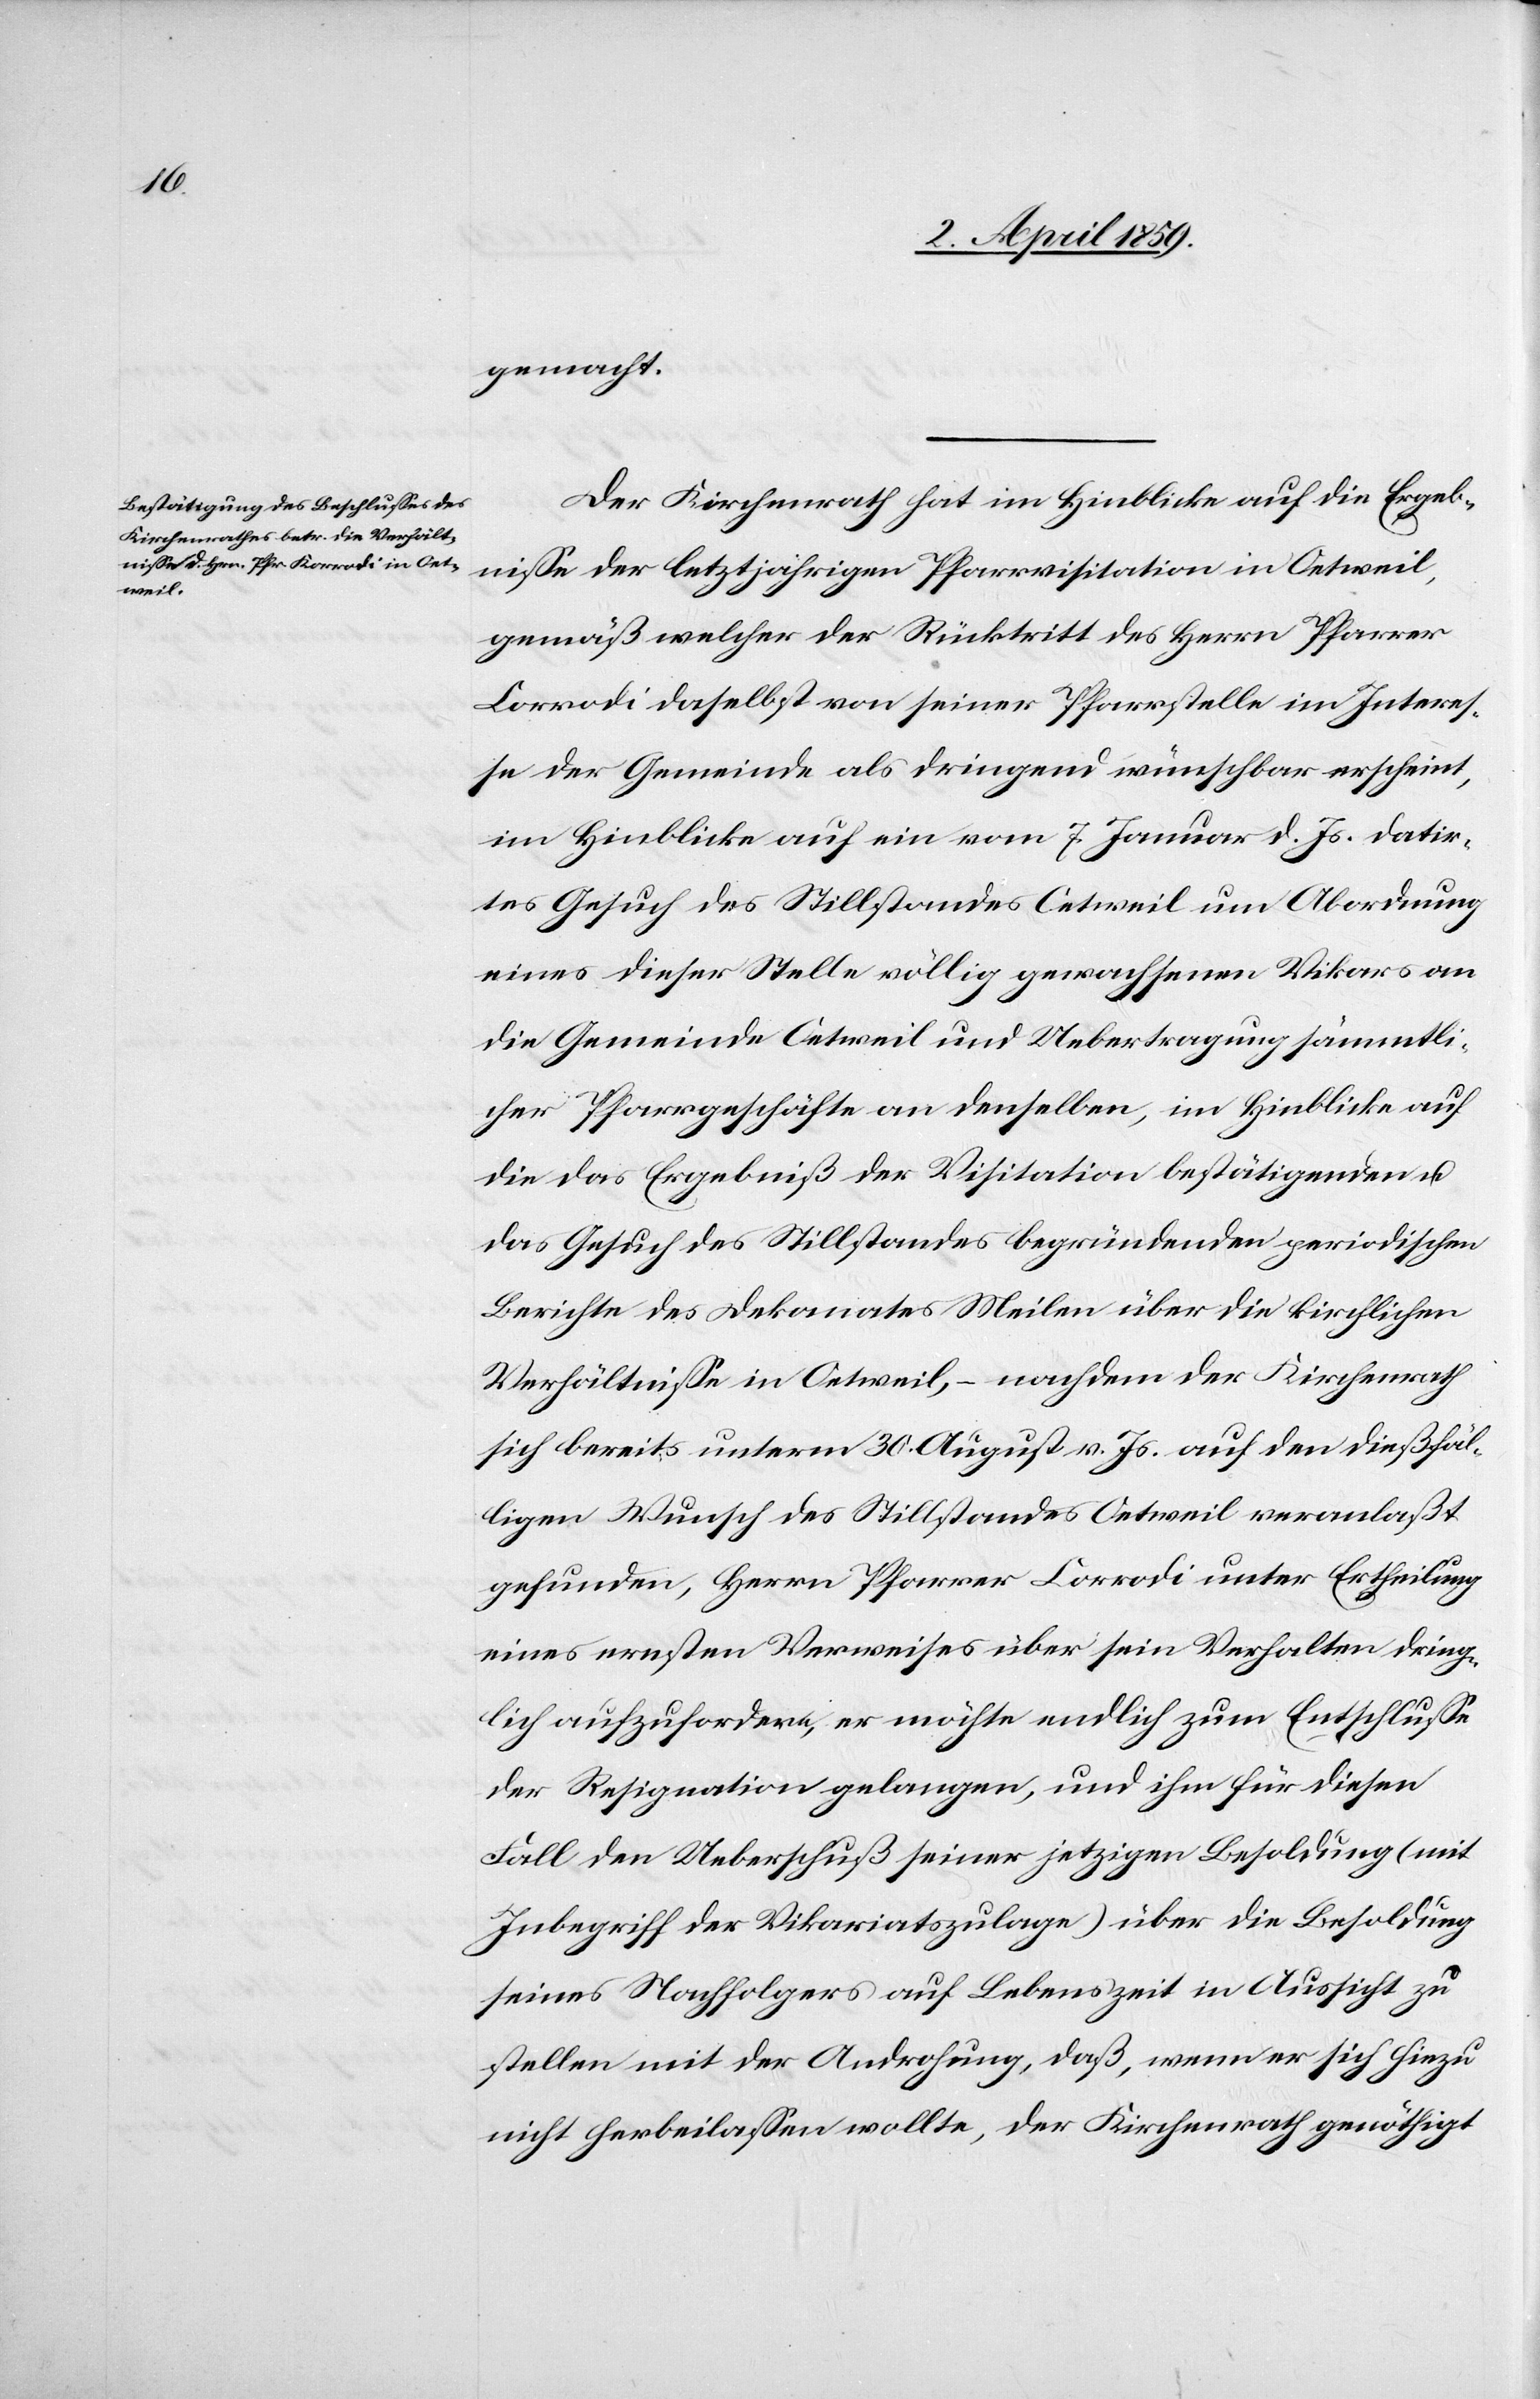
gemacht.
Der Kirchenrath hat im Hinblicke auf die Ergeb¬
niße der letztjährigen Pfarrvisitation in Oetweil,
gemäß welcher der Rücktritt des Herrn Pfarrer
Corrodi [sic!] daselbst von seiner Pfarrstelle im Interes¬
se der Gemeinde als dringend wünschbar erscheint,
im Hinblicke auf ein vom 7. Januar d. Js datir¬
tes Gesuch des Stillstandes Oetweil um Abordnung
eines dieser Stelle völlig gewachsenen Vikars an
die Gemeinde Oetweil und Uebertragung sämmtli¬
cher Pfarrgeschäfte an denselben, im Hinblicke auf
die das Ergebniß der Visitation bestätigenden u.
das Gesuch des Stillstandes begründenden periodischen
Berichte des Dekanates Meilen über die kirchlichen
Verhältniße in Oetweil, – nachdem der Kirchenrath
sich bereits unterm 30. August v. Js. auf den dießfäl¬
ligen Wunsch des Stillstandes Oetweil veranlaßt
gefunden, Herrn Pfarrer Corrodi unter Ertheilung
eines ernsten Verweises über sein Verhalten dring¬
lich aufzufordern, er möchte endlich zum Entschluße
der Resignation gelangen, und ihm für diesen
Fall den Ueberschuß seiner jetzigen Besoldung (mit
Inbegriff der Vikariatszulage) über die Besoldung
seines Nachfolgers auf Lebenszeit in Aussicht zu
stellen mit der Androhung, daß, wenn er sich hiezu
nicht herbeilaßen wollte, der Kirchenrath genöthigt